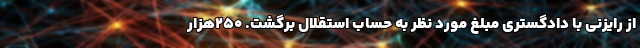
از رایزنی با دادگستری مبلغ مورد نظر به حساب استقلال برگشت. ۲۵۰هزار